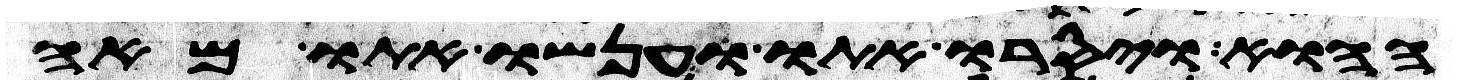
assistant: ההוא ויסרו אתו וענשו אתו מאה